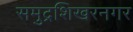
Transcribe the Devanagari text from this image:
समुद्रशिखरनगर